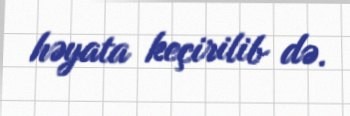
həyata keçirilib də.